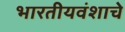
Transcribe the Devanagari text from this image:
भारतीयवंशाचे